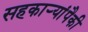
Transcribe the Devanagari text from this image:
सहकाऱ्यांपैकी